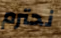
نحترم